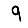
Digit: 9